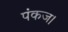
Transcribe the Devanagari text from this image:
पंकज।